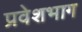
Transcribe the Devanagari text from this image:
प्रवेशभाग